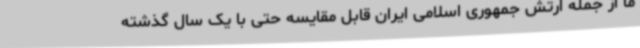
ما از جمله ارتش جمهوری اسلامی ایران قابل مقایسه حتی با یک سال گذشته